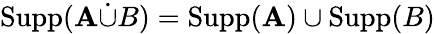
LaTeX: \operatorname{Supp}(\mathbf{A}{\dot{{\cup}}}B)=\operatorname{Supp}(\mathbf{A})\cup\operatorname{Supp}(B)